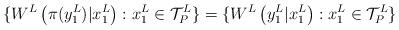
LaTeX: \begin{align*}\{ W^{L} \left( \pi(y_1^L) | x_1^L \right) : x_1^L \in \mathcal{T}_{P}^{L} \} = \{ W^{L} \left( y_1^L | x_1^L \right) : x_1^L \in \mathcal{T}_{P}^{L} \}\end{align*}